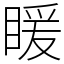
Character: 䁔